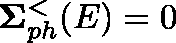
\mathbf { \Sigma } _ { p h } ^ { < } ( E ) = 0